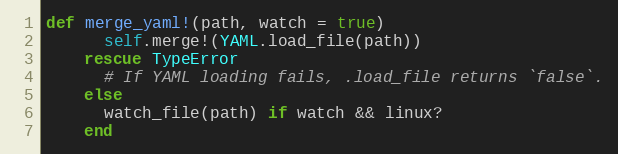
Language: Ruby
def merge_yaml!(path, watch = true)
      self.merge!(YAML.load_file(path))
    rescue TypeError
      # If YAML loading fails, .load_file returns `false`.
    else
      watch_file(path) if watch && linux?
    end